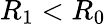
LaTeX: R_{1}<R_{0}